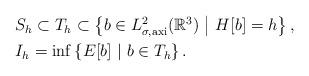
LaTeX: \begin{align*}\begin{aligned}&S_h\subset T_h\subset \left\{b\in L^{2}_{\sigma,\textrm{axi}}(\mathbb{R}^{3})\ \middle|\ H[b]=h \right\},\\&I_h=\inf\left\{E[b]\ \middle|\ b\in T_h \right\}.\end{aligned}\end{align*}